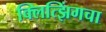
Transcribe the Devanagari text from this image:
क्लित्झिंगचा